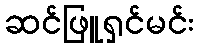
ဆင်ဖြူရှင်မင်း